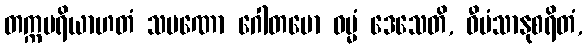
တက္ကပရိယာဟတံ သမဏော ဂေါတမော ဓမ္မံ ဒေသေတိ, ဝီမံသာနုစရိတံ,